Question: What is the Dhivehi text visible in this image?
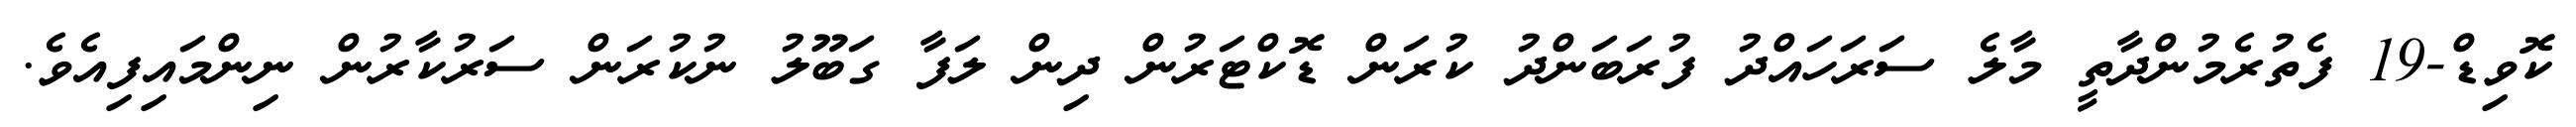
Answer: ކޮވިޑް-19 ފެތުރެމުންދާތީ މާލެ ސަރަހައްދު ފުރަބަންދު ކުރަން ޑޮކްޓަރުން ދިން ލަފާ ގަބޫލު ނުކުރަން ސަރުކާރުން ނިންމައިފިއެވެ.